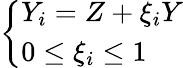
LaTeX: \left\{ \begin{array}{l}{{Y_{i}=Z+\xi_{i}Y}}\\ {{0\leq\xi_{i}\leq 1}}\end{array}\right.